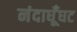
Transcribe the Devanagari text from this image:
नंदाघूँघट